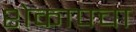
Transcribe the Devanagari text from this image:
शेकापचा